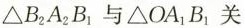
\triangle B_{2}A_{2}B_{1}与\triangle OA_{1}B_{1}关